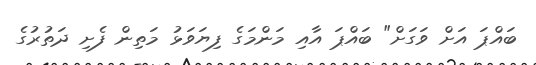
ބައްޕަ އަށް ވަގަށް" ބައްޕަ އާއި މަންމަގެ ފިޔަވަޅު މަތިން ފެށި ދަތުރުގެ